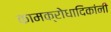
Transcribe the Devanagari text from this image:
कामक्रोधादिकांनीं